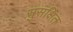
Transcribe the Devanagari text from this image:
सुसक्षित